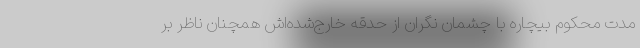
مدت محکوم بیچاره با چشمان نگران از حدقه خارج‌شده‌اش همچنان ناظر بر